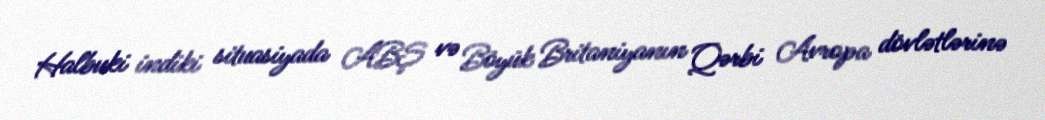
Halbuki indiki situasiyada ABŞ və Böyük Britaniyanın Qərbi Avropa dövlətlərinə